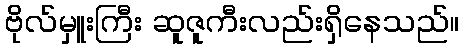
ဗိုလ်မှူးကြီး ဆူဇူကီးလည်းရှိနေသည်။